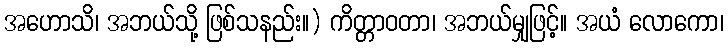
အဟောသိ၊ အဘယ်သို့ ဖြစ်သနည်း။) ကိတ္တာဝတာ၊ အဘယ်မျှဖြင့်။ အယံ လောကော၊